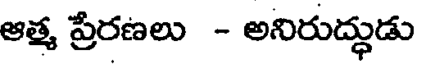
ఆత్మ ప్రేరణలు - అనిరుద్ధుడు